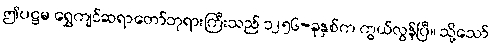
ဤပဋ္ဌမ ရွှေကျင်ဆရာတော်ဘုရားကြီးသည် ၁၂၅၆-ခုနှစ်က ကွယ်လွန်ပြီ။ သို့သော်